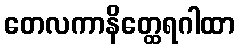
တေလကာနိတ္ထေရဂါထာ